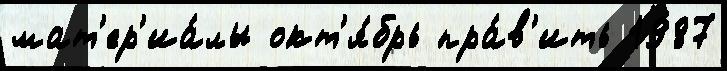
мат'ер'иа́лы окт'я́брь пра́в'ить 1987